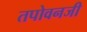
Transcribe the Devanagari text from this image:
तपोवनजी